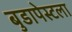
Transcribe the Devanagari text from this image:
बुडापेस्टला